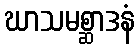
ဃာသမစ္ဆာဒနံ